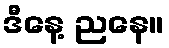
ဒီနေ့ ညနေ။